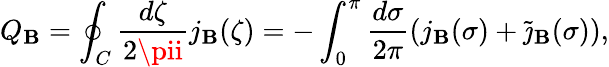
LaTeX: Q_{\mathbf{B}}=\oint_{C}\frac{{d\zeta}}{{2\pii}}j_{\mathbf{B}}(\zeta)=-\int_{0}^{\pi}\frac{{d\sigma}}{{2\pi}}(j_{\mathbf{B}}(\sigma)+\widetilde{{\jmath}}_{\mathbf{B}}(\sigma)),